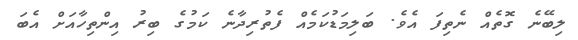
ލިބޭނެ ގޮތެއް ނެތިފަ އެވެ. ބަލިމަޑުކަމެއް ފެތުރިދާނެ ކަމުގެ ބިރު އިންތިހާއަށް އެބަ